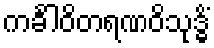
ကင်္ခါဝိတရဏဝိသုဒ္ဓိံ